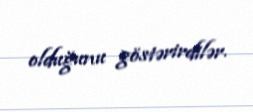
olduğunu göstərirdilər.